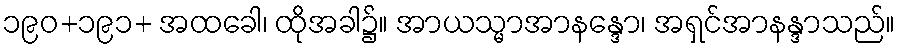
၁၉၀+၁၉၁+ အထခေါ၊ ထိုအခါ၌။ အာယသ္မာအာနန္ဒော၊ အရှင်အာနန္ဒာသည်။